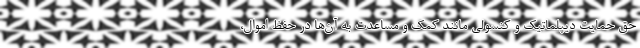
حق حمایت دیپلماتیک و کنسولی مانند کمک و مساعدت به آن‌ها در حفظ اموال،